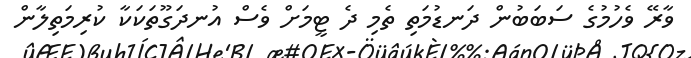
ވާރޭ ވެހުމުގެ ސަބަބުން ދަނޑުމަތި ތެމި ދެ ޓީމަށް ވެސް އުނދަގޫތަކަކާ ކުރިމަތިލާން